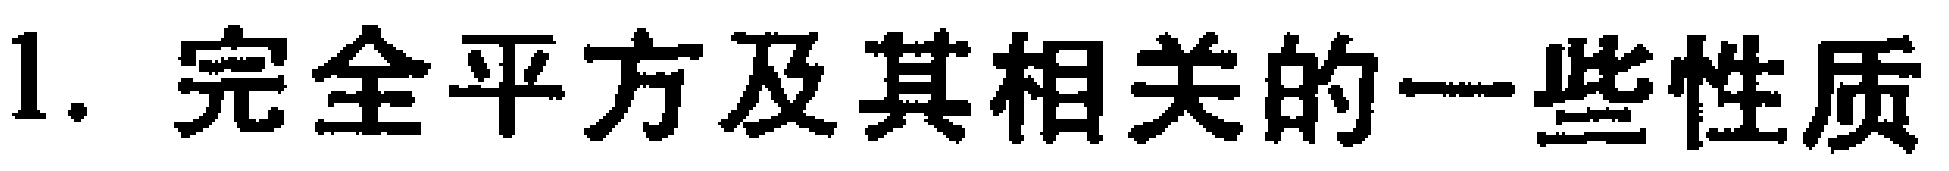
1. 完全平方及其相关的一些性质